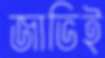
জাভিই